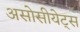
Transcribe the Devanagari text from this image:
असोसीयेट्स